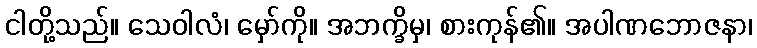
ငါတို့သည်။ သေဝါလံ၊ မှော်ကို။ အဘက္ခိမှ၊ စားကုန်၏။ အပါဏဘောဇနာ၊